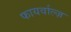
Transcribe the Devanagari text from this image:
फायर्वाल्ज़